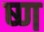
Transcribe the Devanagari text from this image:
ष्ण